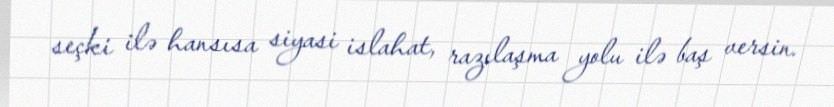
seçki ilə hansısa siyasi islahat, razılaşma yolu ilə baş versin.